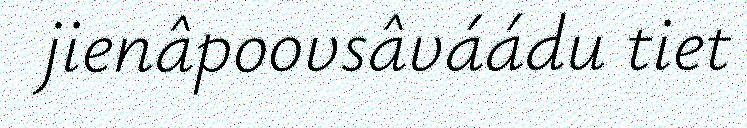
jienâpoovsâváádu tiet